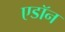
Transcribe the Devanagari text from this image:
एडॉन